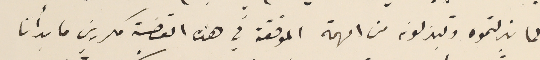
لما بذلتموه وتبذلونه من الهمة الموفقة في هذه القضية مكررين ما بدأنا